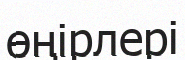
өңірлері